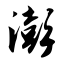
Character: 澎